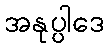
အနုပ္ပါဒေ